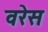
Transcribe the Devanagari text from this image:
वरेस